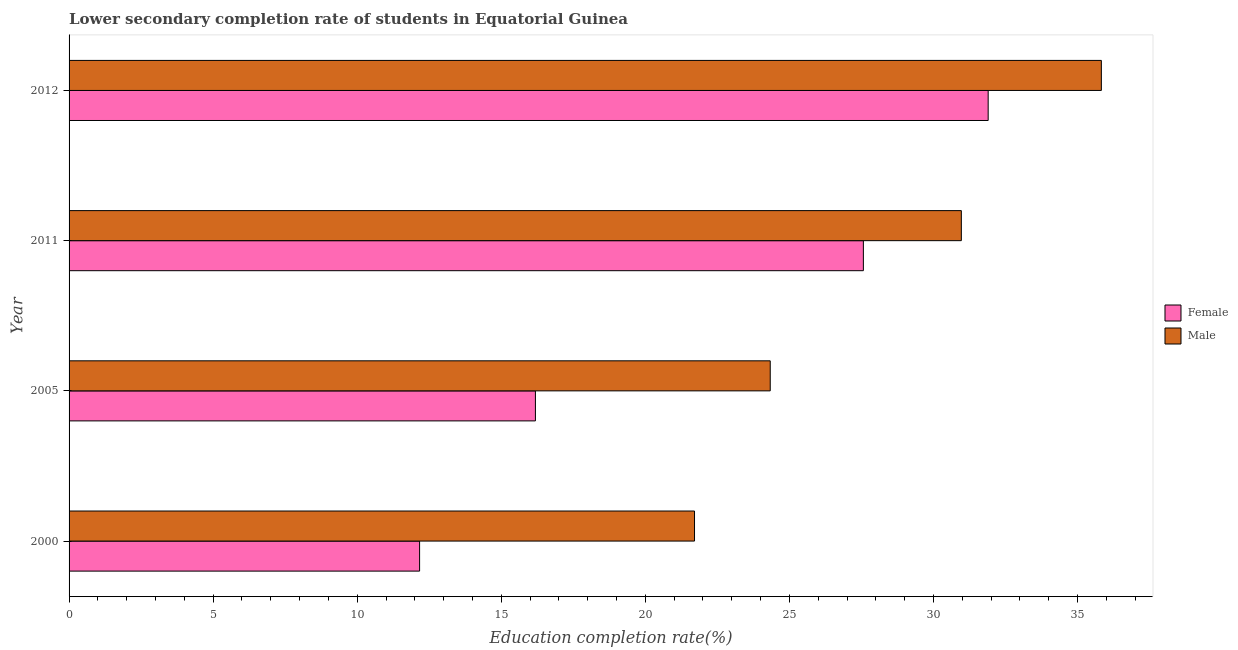
| Year | Female | Male |
 | --- | --- | --- |
 | 2000 | 12.2 | 21.7 |
 | 2005 | 16.2 | 24.3 |
 | 2011 | 27.6 | 31 |
 | 2012 | 31.9 | 35.8 |